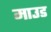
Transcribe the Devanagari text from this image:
माउड